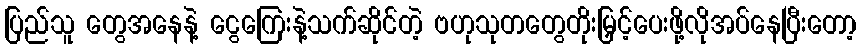
ပြည်သူ တွေအနေနဲ့ ငွေကြေးနဲ့သက်ဆိုင်တဲ့ ဗဟုသုတတွေတိုးမြှင့်ပေးဖို့လိုအပ်နေပြီးတော့